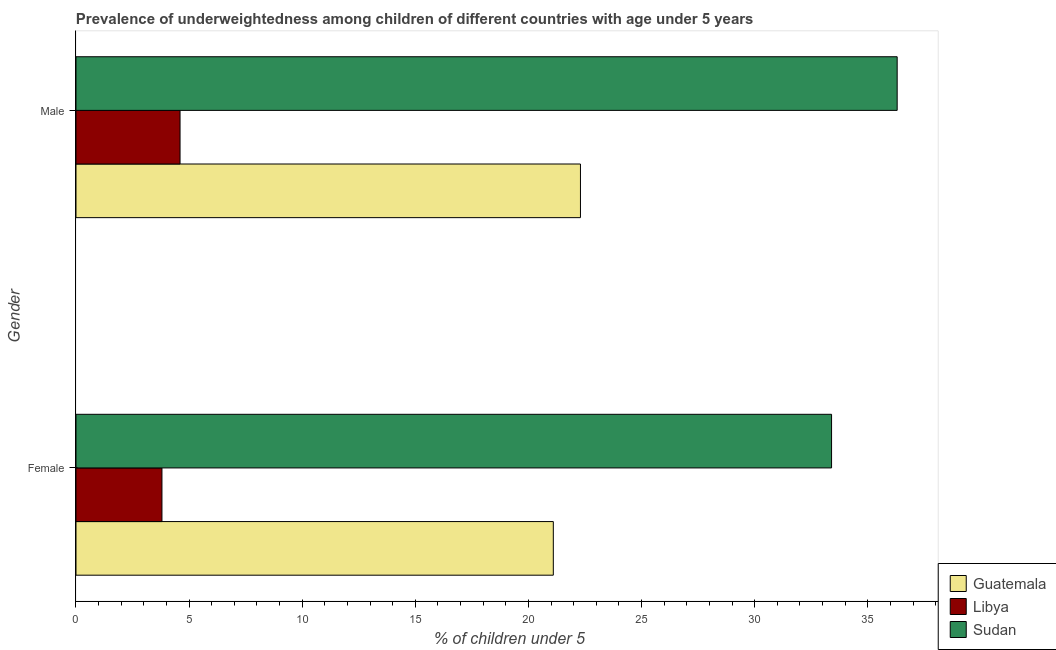
| Gender | Guatemala | Libya | Sudan |
 | --- | --- | --- | --- |
 | Female | 21.1 | 3.8 | 33.4 |
 | Male | 22.3 | 4.6 | 36.3 |